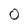
Character: 0